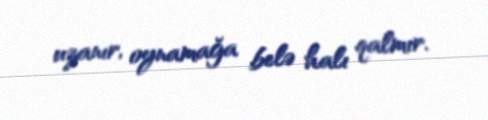
uzanır, oynamağa belə halı qalmır.